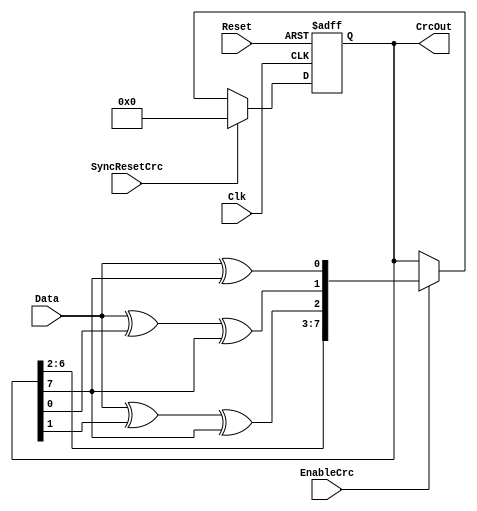
module dbg_crc8_d1 (Data, EnableCrc, Reset, SyncResetCrc, CrcOut, Clk);
parameter Tp = 1;
input Data;
input EnableCrc;
input Reset;
input SyncResetCrc;
input Clk;
output [7:0] CrcOut;
reg    [7:0] CrcOut;
function [7:0] nextCRC8_D1;
  input Data;
  input [7:0] Crc;
  reg [0:0] D;
  reg [7:0] C;
  reg [7:0] NewCRC;
  begin
    D[0] = Data;
    C = Crc;
    NewCRC[0] = D[0] ^ C[7];
    NewCRC[1] = D[0] ^ C[0] ^ C[7];
    NewCRC[2] = D[0] ^ C[1] ^ C[7];
    NewCRC[3] = C[2];
    NewCRC[4] = C[3];
    NewCRC[5] = C[4];
    NewCRC[6] = C[5];
    NewCRC[7] = C[6];
    nextCRC8_D1 = NewCRC;
  end
endfunction
always @ (posedge Clk or posedge Reset)
begin
  if(Reset)
    CrcOut[7:0] <= #Tp 0;
  else
  if(SyncResetCrc)
    CrcOut[7:0] <= #Tp 0;
  else
  if(EnableCrc)
    CrcOut[7:0] <= #Tp nextCRC8_D1(Data, CrcOut);
end
endmodule